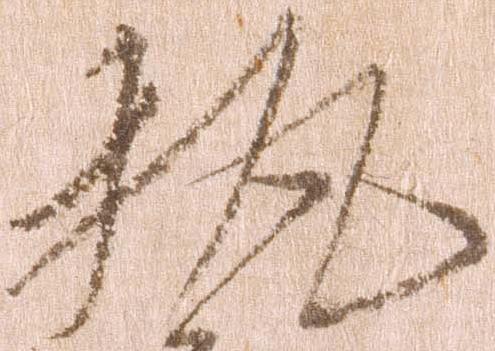
執